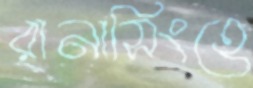
রানাসিংহে